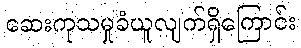
ဆေးကုသမှုခံယူလျက်ရှိကြောင်း